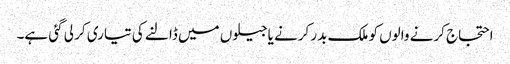
احتجاج کرنے والوں کو ملک بدر کرنے یاجیلوں میں ڈالنے کی تیاری کر لی گئی ہے۔